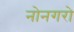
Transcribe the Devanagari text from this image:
नोनगरो